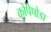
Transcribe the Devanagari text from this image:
कोपेपोडा